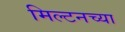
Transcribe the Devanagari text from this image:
मिल्टनच्या